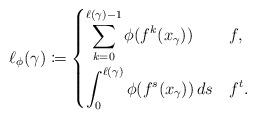
LaTeX: \begin{align*} \ell_\phi(\gamma) \coloneqq \begin{dcases}\sum_{k=0}^{\ell(\gamma)-1} \phi(f^k(x_\gamma)) & f , \\ \int_0^{\ell(\gamma)} \phi(f^s(x_\gamma))\,ds & f^t . \end{dcases}\end{align*}